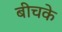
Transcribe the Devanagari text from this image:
बीचके